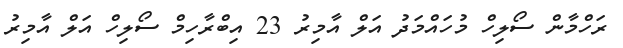
ރަހްމާން ސޯލިހް މުހައްމަދު އަލް އާމިރު 23 އިބްރާހިމް ސޯލިހް އަލް އާމިރު